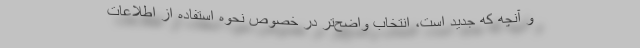
و آنچه که جدید است، انتخاب واضح‌تر در خصوص نحوه استفاده از اطلاعات